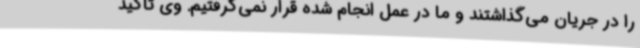
را در جریان می‌گذاشتند و ما در عمل انجام شده قرار نمی‌گرفتیم. وی تاکید